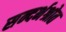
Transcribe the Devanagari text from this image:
सन्दर्भश्रोत